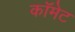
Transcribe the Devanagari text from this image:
काॅमेट